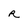
Character: R